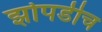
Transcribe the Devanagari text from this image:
झोपडीच